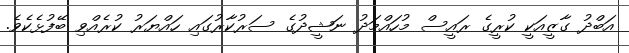
އަބްދު ގާޒީއަކީ ކުރީގެ ރައީސް މުހައްމަދު ނަޝީދުގެ ސަރުކާރުގައި ހައްޔަރު ކުރެއްވި ބޭފުޅެކެވެ.